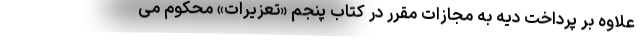
علاوه بر پرداخت دیه به مجازات مقرر در کتاب پنجم «تعزیرات» محکوم می